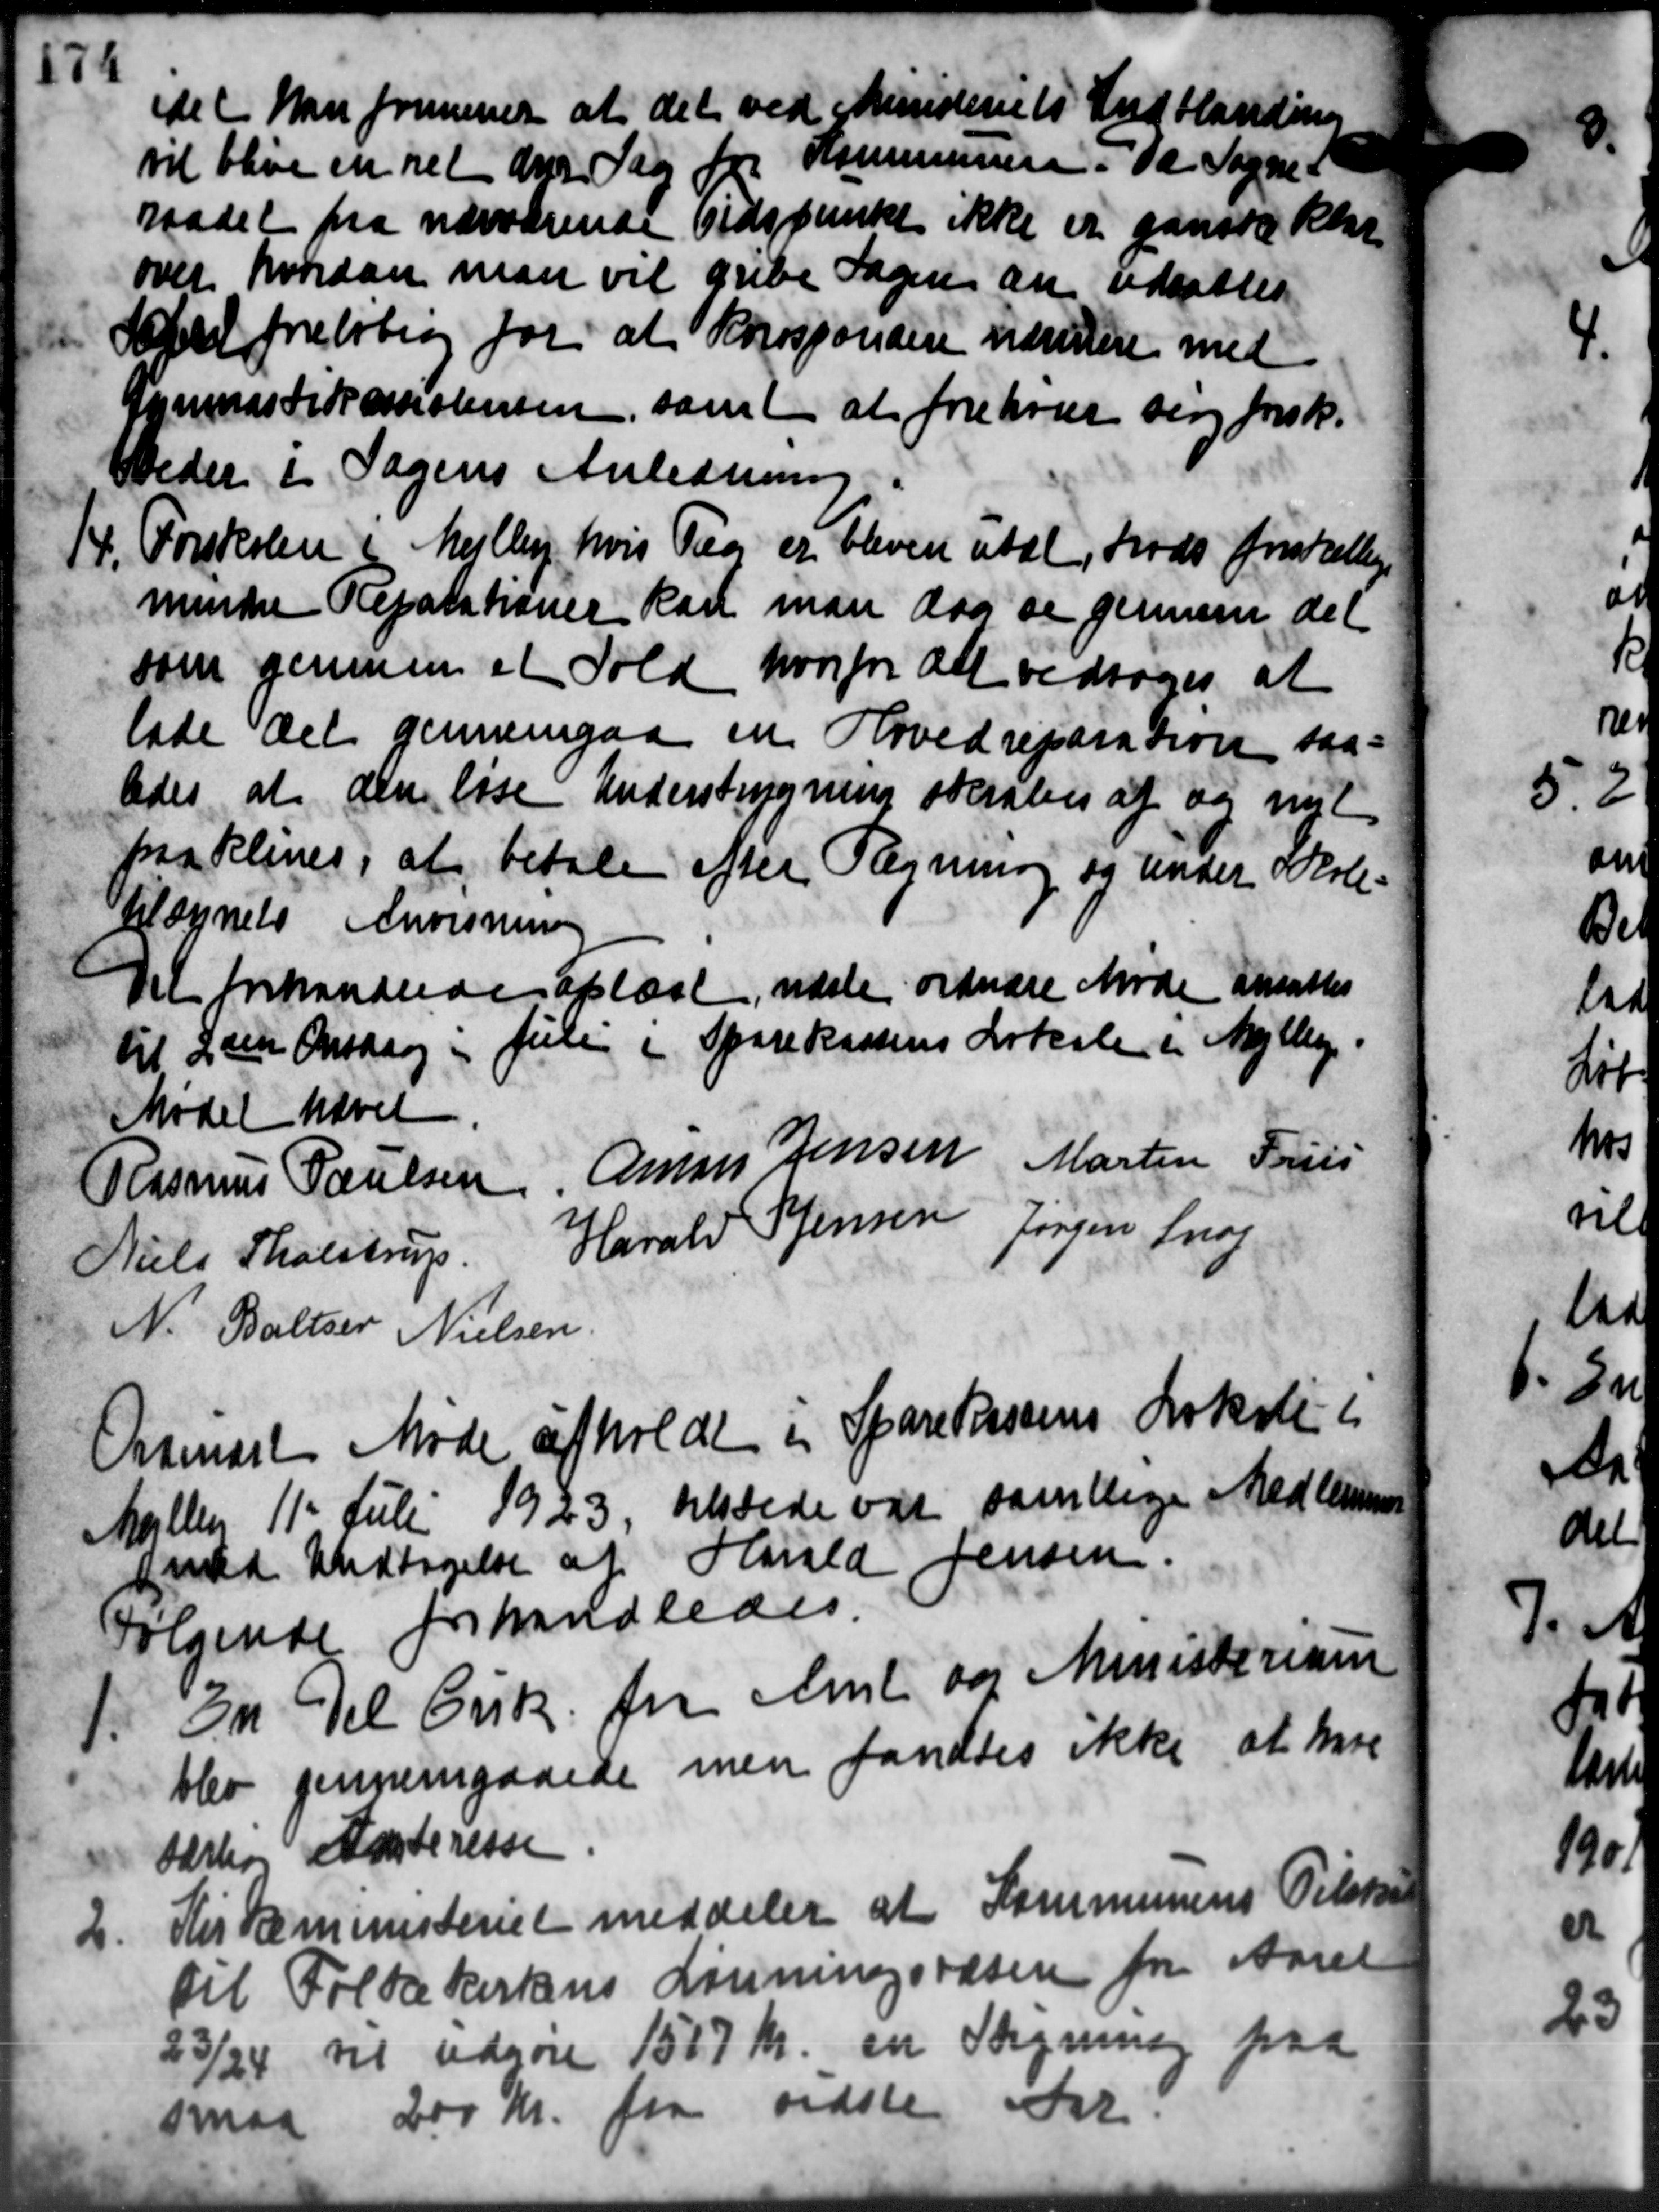
Transskription:
det han fremmer at det ved Ministeriets Indblan
vil blive en ret der Sag for Kommunen. Da Sogne-
raadet fra nærværende Tidspunkt ikke er ganske klar
over hvordan man vil gribe Sagen an udsattes
April foreløbig for at Korsponden udvidere med
Gymnastikskolensen, samt at forehører sin forsk.
Beder i Sagens Anledning
14. Forskolen i Mejlby, hvis Tag er bleven utal, trods forskellige
14. Forskolen i Mejlby, hvis Tag er bleven utal, trods forskellige
minske Reparationer kan man dog de gennem det
som gennem et Told hvorfor det vedtoges at
lade det gennemgaa en Hovedreparation saa-
ledes at den løse Understrygning skrabes af og nyt
paa Klines, at betale efter Regning og under Skole-
tilsynets Anvisning
Det forhandlede oplæst, næste ordnære Møde ansattes
til 2den Onsdag i Juli i Sparekassens Lokale i Mejlby.
Mødet hævet.
Rasmus Poulsen, Amans Jensen Martin Friis
Niels Tholstrup. Harald P Jensen Jørgen Snog
N. Baltzer Nielsen
Ordinært Møde afholdt i Sparekassens Lokale i
Møllen 11 Juli 1923, tilstede var samtlige Medlemmer
med Undtagelse af Harald Jensen.
Følgende forhandledes.

En Del Cirk fra Amt og Ministerium
blev gennemgaaede men fandtes ikke at have
Aarboe Anderessen
2.
Kirkeministeriet meddeler at Kommunens Tilskud
til Folkekirkens Lønningsvæsen fra Aaret
23/24 til udgøre 1507 Kr. en Regning paa
smaa 200 Kr. fra sidste Ark.